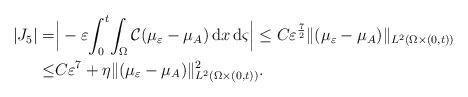
LaTeX: \begin{align*}|J_5|=&\Big|-\varepsilon \! \int_0 ^t \!\int_\Omega\mathcal{C}(\mu_{\varepsilon}-\mu_A) \,\mathrm{d}x\,\mathrm{d}\varsigma \Big| \leq C\varepsilon^{\frac{7}{2}} \|(\mu_{\varepsilon}-\mu_A)\|_{L^2(\Omega \times (0,t))} \\\le& C\varepsilon^7 +\eta \|(\mu_{\varepsilon}-\mu_A)\|_{L^2(\Omega\times(0,t))}^2. \end{align*}